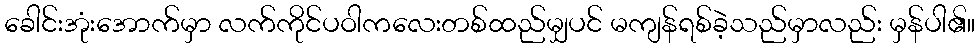
ခေါင်းအုံးအောက်မှာ လက်ကိုင်ပဝါကလေးတစ်ထည်မျှပင် မကျန်ရစ်ခဲ့သည်မှာလည်း မှန်ပါ၏။